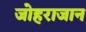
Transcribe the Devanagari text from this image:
जोहराजान